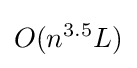
O(n^{3.5}L)